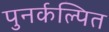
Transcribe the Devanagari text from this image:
पुनर्कल्पित